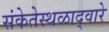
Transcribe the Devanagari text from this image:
संकेतेस्थळाद्वारे